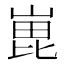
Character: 𭖵